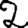
Digit: 2